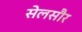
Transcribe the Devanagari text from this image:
सेलसौर